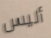
أليس